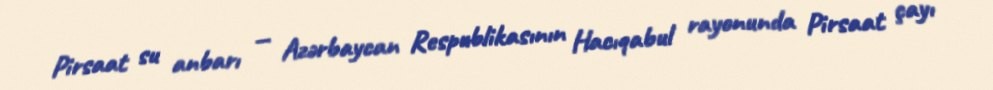
Pirsaat su anbarı — Azərbaycan Respublikasının Hacıqabul rayonunda Pirsaat çayı